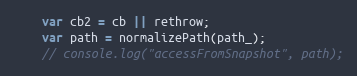
Language: JavaScript
    var cb2 = cb || rethrow;
    var path = normalizePath(path_);
    // console.log("accessFromSnapshot", path);